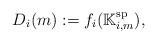
LaTeX: \begin{align*} D_{i} (m) := f_{i} (\mathbb{K}_{i,m}^{\mathrm{sp}}), \end{align*}